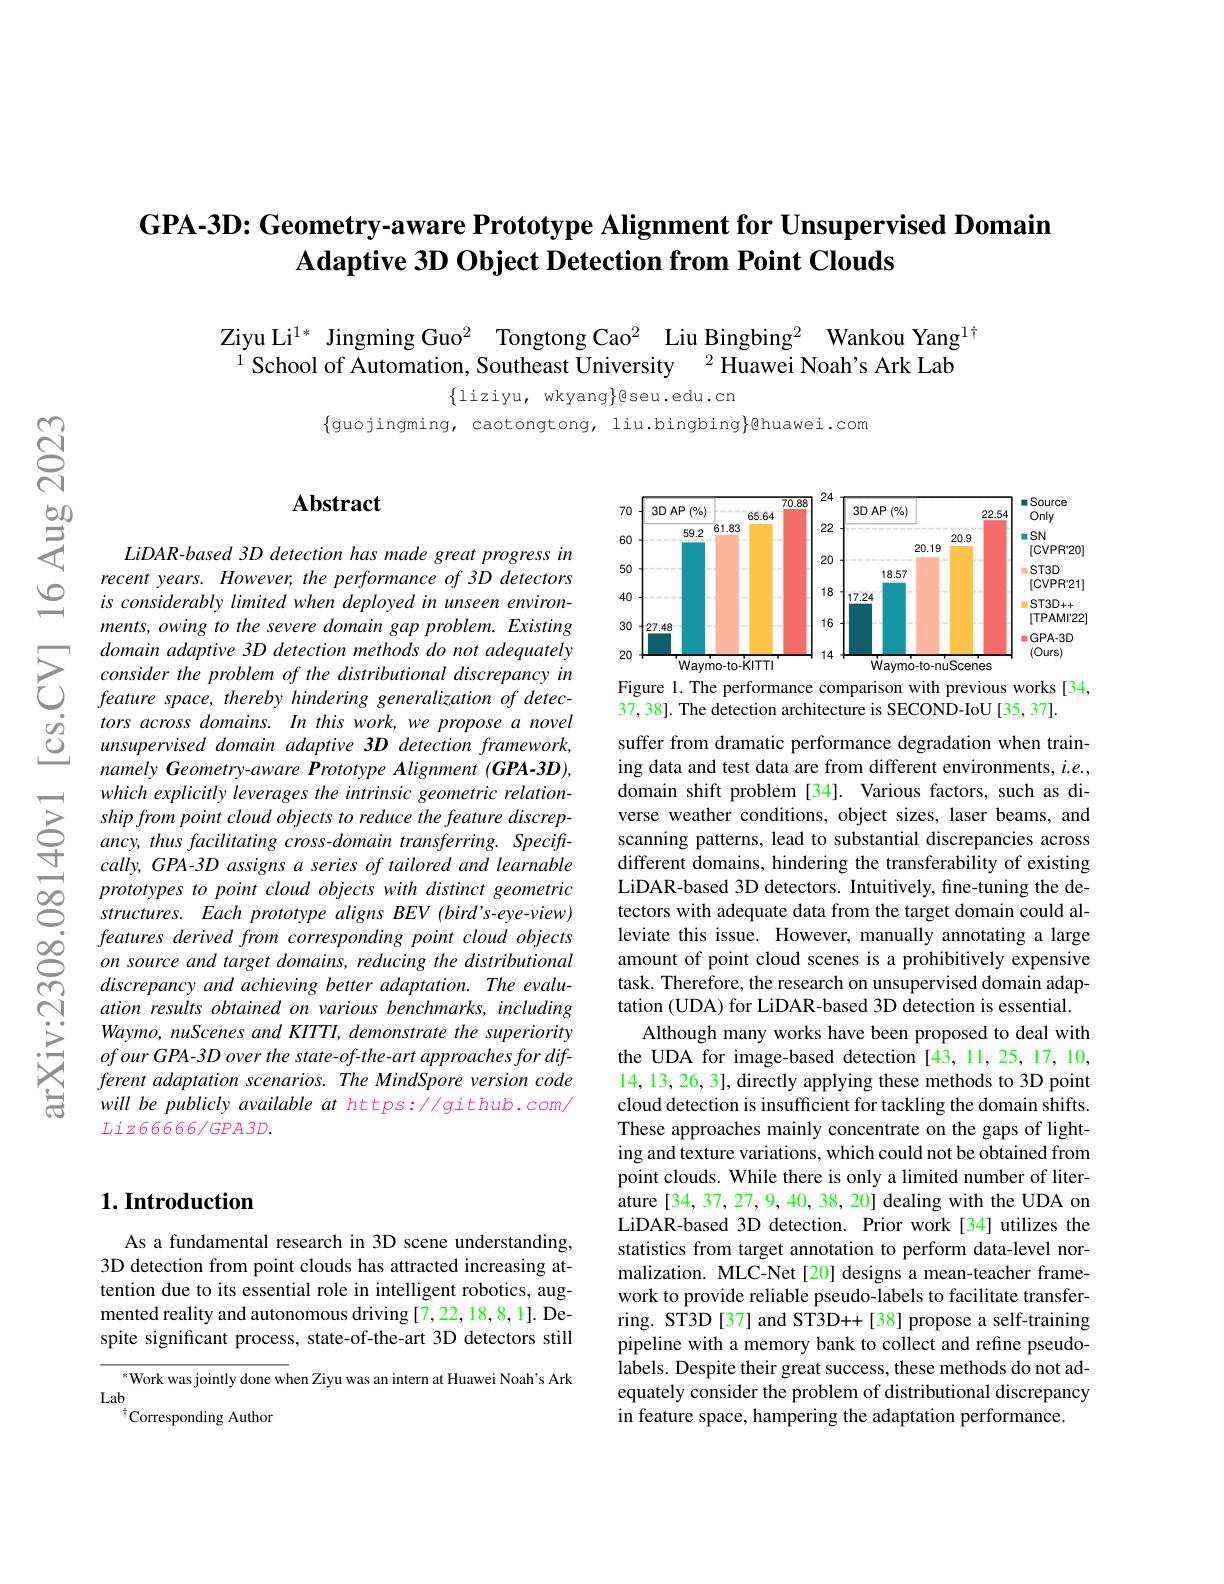
# GPA-3D: Geometry-aware Prototype Alignment for Unsupervised Domain Adaptive 3D Object Detection from Point Clouds

Ziyu Li$^{1*}$ Jingming Guo$^2$ Tongtong Cao$^2$ Liu Bingbing$^2$ Wankou Yang$^{1\dagger}$
$^{1}$School of Automation, Southeast University$^2$Huawei Noah's Ark Lab

$\{$liziyu, wkyang$\}$eseu.edu.cn

$\{$guojingming, caotongtong, liu.bingbing$\}$@huawei.com

$享$

### $\mathbf{Abstract}$

$LiDAR-based$ 3D detection has made great progress in recent years. However, the performance of 3D detectors is considerably limited when deployed in unseen environments, owing to the severe domain gap problem. Existing
$\sum_{\begin{array}{lll}&\text{domain adaptive 3D detection methods do not adequately}\\&\text{consider the problem of the distributional discrepancy in}\\&\text{feature space, thereby hindering generalization of dete-}\end{array}}$ $\textcircled {2}$ $tors across domains. In this work, we propose a novelC$ $unsupervised domain adaptive 3D detection framework$,
namely Geometry-aware Prototype Alignment (GPA-3D), which explicitly leverages the intrinsic geometric relationship from point cloud objects to reduce the feature discrepancy, thus facilitating cross-domain transferring. Speciftcally, GPA-3D assigns a series of tailored and learnable
features derived from corresponding point cloud objects on source and target domains, reducing the distributional discrepancy and achieving better adaptation. The evaluation results obtained on various benchmarks, including Waymo, nuScenes and KITTI, demonstrate the superiority $ofourGPA-3Dover the state-of-the-art approaches for dif-$ ferent adaptation scenarios. The MindSpore version code will be publicly available at https://github.com/ $Liz66666/GPA3D.$

## $1. \textbf{Introduction}$

As a fundamental research in 3D scene understanding, 3D detection from point clouds has attracted increasing attention due to its essential role in intelligent robotics, augmented reality and autonomous driving[7,22,18,8,1]. Despite significant process, state-of-the-art 3D detectors still

$^*$Work was jointly done when Ziyu was an intern at Huawei Noah's Ark
Lab
$^{\dagger}$Corresponding Author

<FigureHere>
Figure 1. The performance comparison with previous works[34,

37, 38]. The detection architecture is SECOND-IoU [35, 37].

suffer from dramatic performance degradation when training data and test data are from different environments, $i.e.$, domain shift problem [34]. Various factors, such as diverse weather conditions, object sizes, laser beams, and scanning patterns, lead to substantial discrepancies across different domains, hindering the transferability of existing LiDAR-based 3D detectors. Intuitively, fne-tuning the detectors with adequate data from the target domain could alleviate this issue. However, manually annotating a large amount of point cloud scenes is a prohibitively expensive task. Therefore, the research on unsupervised domain adaptation (UDA) for LiDAR-based 3D detection is essential.
Although many works have been proposed to deal with the UDA for image-based detection [43,11,25,17,10, 14,13,26,3], directly applying these methods to 3D point cloud detection is insufficient for tackling the domain shifts. These approaches mainly concentrate on the gaps of lighting and texture variations, which could not be obtained from point clouds. While there is only a limited number of literature [34, 37, 27, 9, 40, 38, 20] dealing with the UDA on LiDAR-based 3D detection. Prior work[34] utilizes the statistics from target annotation to perform data-level normalization. MLC-Net[20] designs a mean-teacher framework to provide reliable pseudo-labels to facilitate transferring. ST3D[37] and ST3D++[38] propose a self-training pipeline with a memory bank to collect and refine pseudolabels. Despite their great success, these methods do not adequately consider the problem of distributional discrepancy in feature space, hampering the adaptation performance